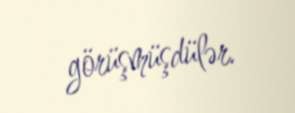
görüşmüşdülər.